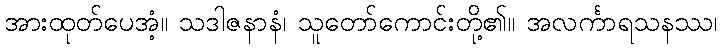
အားထုတ်ပေအံ့။ သဒါဇနာနံ၊ သူတော်ကောင်းတို့၏။ အလင်္ကာရသနဿ၊